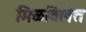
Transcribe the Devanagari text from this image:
मिळविलेत